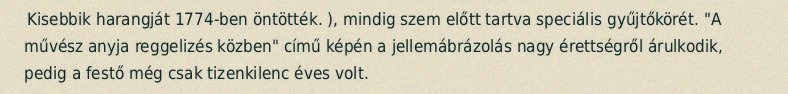
Kisebbik harangját 1774-ben öntötték. ), mindig szem előtt tartva speciális gyűjtőkörét. "A művész anyja reggelizés közben" című képén a jellemábrázolás nagy érettségről árulkodik, pedig a festő még csak tizenkilenc éves volt.